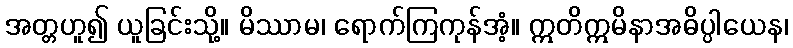
အတ္တဟူ၍ ယူခြင်းသို့။ မိဿာမ၊ ရောက်ကြကုန်အံ့။ ဣတိဣမိနာအဓိပ္ပါယေန၊